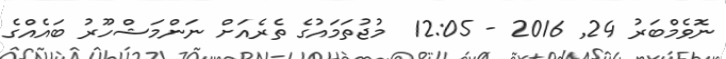
ނޮވެމްބަރު 24